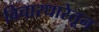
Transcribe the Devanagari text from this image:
विचारधारेतून